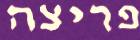
פריצה